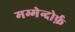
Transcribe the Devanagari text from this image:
मम्मेन्दोर्फ़